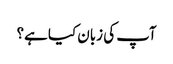
آپ کی زبان کیا ہے؟